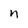
Character: n